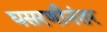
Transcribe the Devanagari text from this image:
घसरणीनंतर